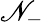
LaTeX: \mathscr{N}_{-}